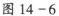
图14-6